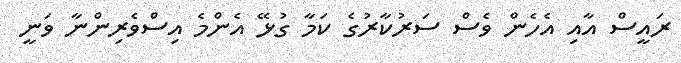
ރައީސް އާއި އެހެން ވެސް ސަރުކާރުގެ ކަމާ ގުޅޭ އެންމެ އިސްވެރިންނާ ވަނީ